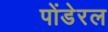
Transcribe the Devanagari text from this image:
पोंडेरल